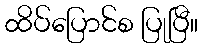
ထိပ်ပြောင်စ ပြုပြီ။